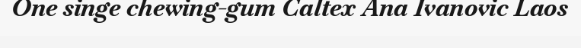
One singe chewing-gum Caltex Ana Ivanovic Laos